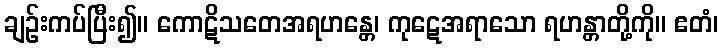
ချဉ်းကပ်ပြီး၍။ ကောဋိသတေအရဟန္တေ၊ ကုဋေအရာသော ရဟန္တာတို့ကို။ ဧတံ၊